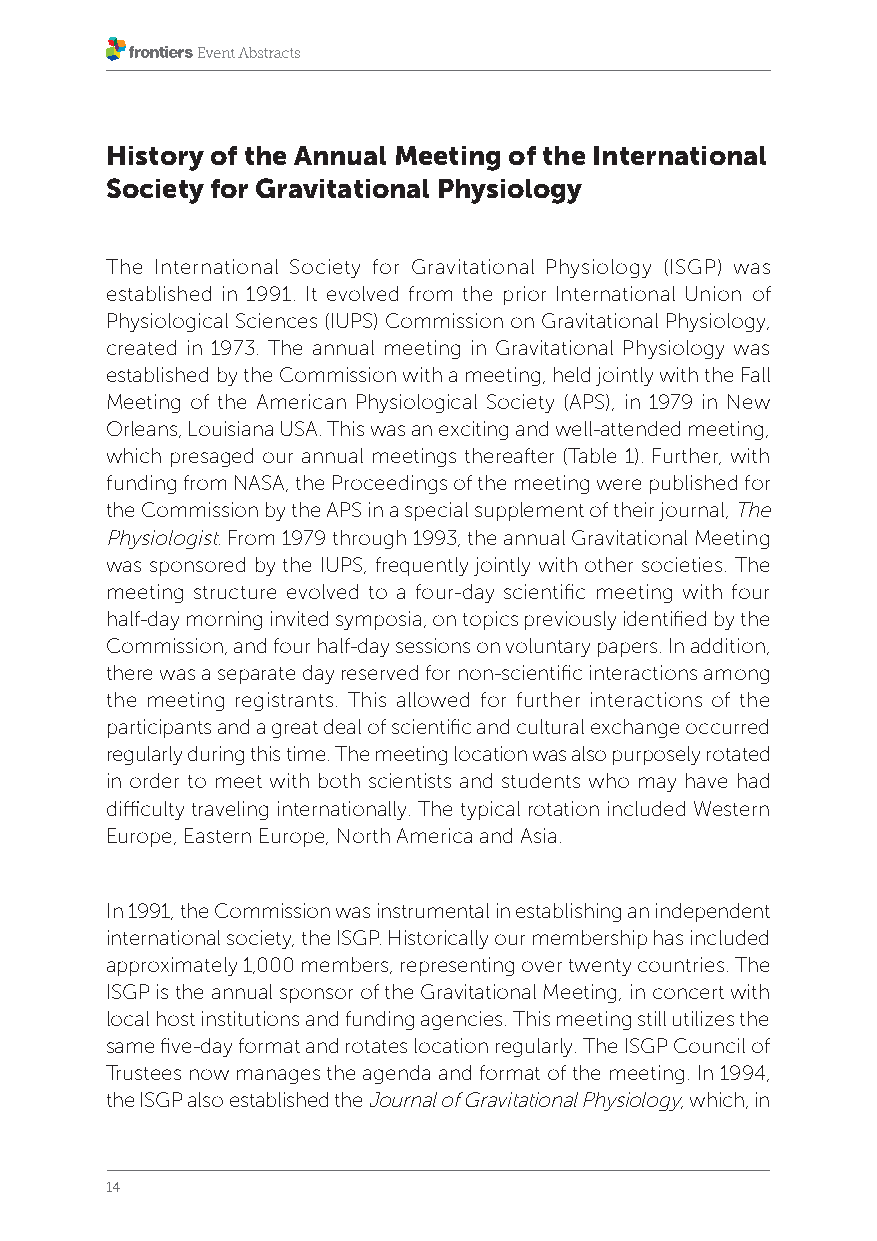
History of the Annual Meeting of the International
 Society for Gravitational Physiology
 The International Society for Gravitational Physiology (ISGP) was
 established in 1991. It evolved from the prior International Union of
 Physiological Sciences (IUPS) Commission on Gravitational Physiology,
 created in 1973. The annual meeting in Gravitational Physiology was
 established by the Commission with a meeting, held jointly with the Fall
 Meeting of the American Physiological Society (APS), in 1979 in New
 Orleans, Louisiana USA. This was an exciting and well-attended meeting,
 which presaged our annual meetings thereafter (Table 1). Further, with
 funding from NASA, the Proceedings of the meeting were published for
 the Commission by the APS in a special supplement of their journal, The
 Physiologist. From 1979 through 1993, the annual Gravitational Meeting
 was sponsored by the IUPS, frequently jointly with other societies. The
 meeting structure evolved to a four-day scientific meeting with four
 half-day morning invited symposia, on topics previously identified by the
 Commission, and four half-day sessions on voluntary papers. In addition,
 there was a separate day reserved for non-scientific interactions among
 the meeting registrants. This allowed for further interactions of the
 participants and a great deal of scientific and cultural exchange occurred
 regularly during this time. The meeting location was also purposely rotated
 in order to meet with both scientists and students who may have had
 difficulty traveling internationally. The typical rotation included Western
 Europe, Eastern Europe, North America and Asia.
 In 1991, the Commission was instrumental in establishing an independent
 international society, the ISGP. Historically our membership has included
 approximately 1,000 members, representing over twenty countries. The
 ISGP is the annual sponsor of the Gravitational Meeting, in concert with
 local host institutions and funding agencies. This meeting still utilizes the
 same five-day format and rotates location regularly. The ISGP Council of
 Trustees now manages the agenda and format of the meeting. In 1994,
 the ISGP also established the Journal of Gravitational Physiology, which, in
 14